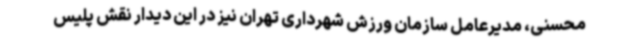
محسنی، مدیرعامل سازمان ورزش شهرداری تهران نیز در این دیدار نقش پلیس